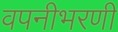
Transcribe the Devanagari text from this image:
वपनीभरणी